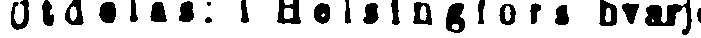
Utdelas: I Helsingfors hvarje